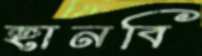
হানবি